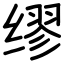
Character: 缪